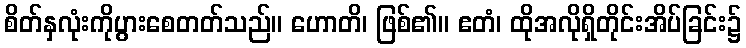
စိတ်နှလုံးကိုပွားစေတတ်သည်။ ဟောတိ၊ ဖြစ်၏။ ဧတံ၊ ထိုအလိုရှိတိုင်းအိပ်ခြင်း၌